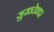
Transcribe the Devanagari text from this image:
सुखदेववर